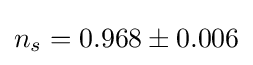
n_{s}=0.968\pm 0.006